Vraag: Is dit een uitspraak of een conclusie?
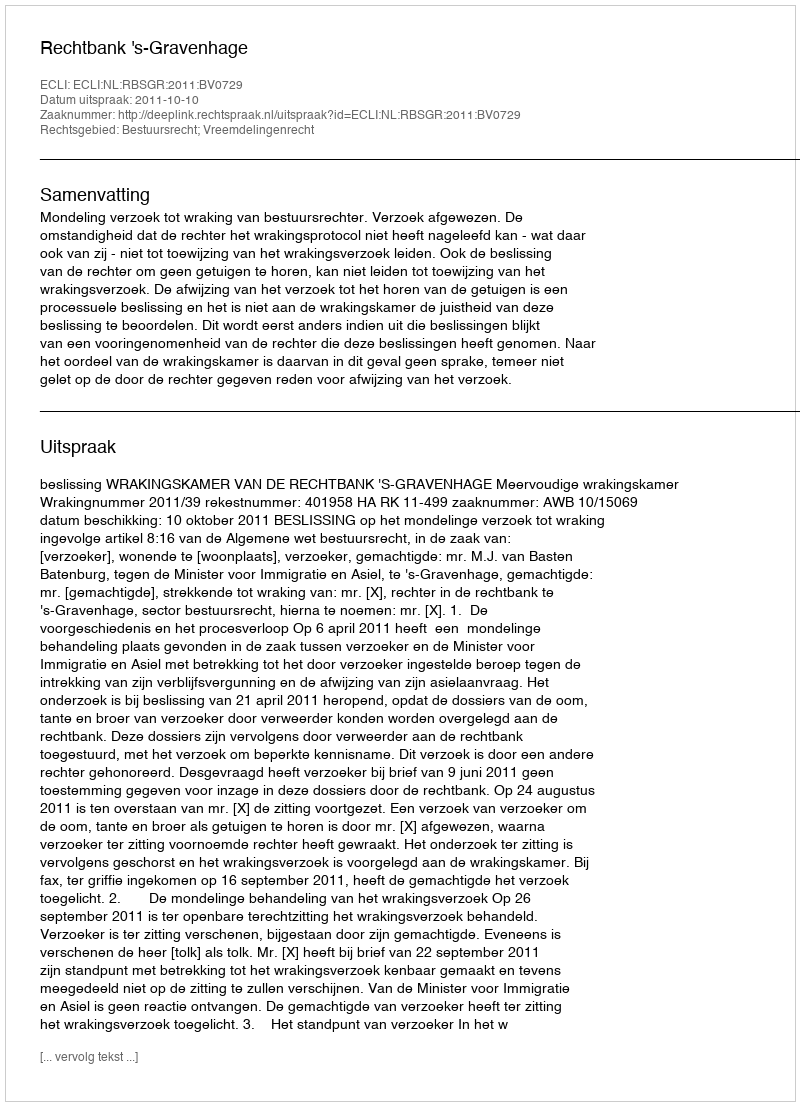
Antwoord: Uitspraak